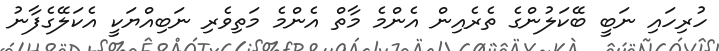
ހުރިހައި ނަބީ ބޭކަލުންގެ ތެރެއިން އެންމެ މާތް އެންމެ މަތިވެރި ނަބިއްޔަކީ އެކަލޭގެފާނު